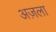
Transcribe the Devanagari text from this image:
अज़ला